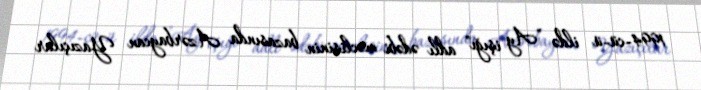
1994-cü-ü ildə "Ay işığı" adlı ədəbi məclisinin bazasında Azərbaycan Yazıçılar